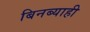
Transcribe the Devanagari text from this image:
बिनब्याही